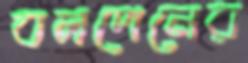
বলপেনের